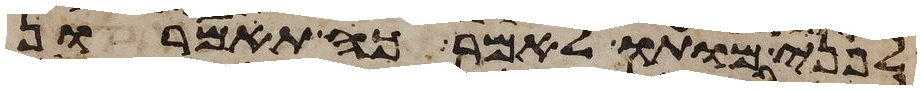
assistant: לפני מותו לאמר כה תאמרון